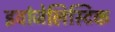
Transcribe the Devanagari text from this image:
इवांजेलिस्टिक